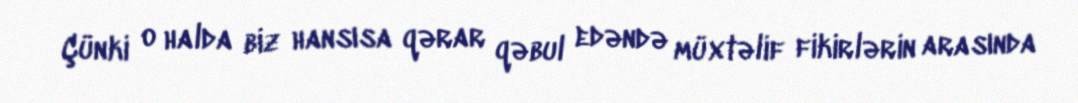
Çünki o halda biz hansısa qərar qəbul edəndə müxtəlif fikirlərin arasında